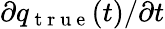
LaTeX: \partial{}q_{\mathrm{~t~r~u~e~}}(t)/\partial{}t